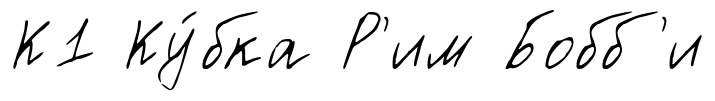
К1 Ку́бка Р'им Бобб'и